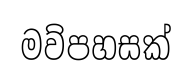
මව්පහසක්